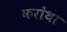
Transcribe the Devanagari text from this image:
करोंथा